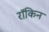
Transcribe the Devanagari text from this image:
रॉकिन